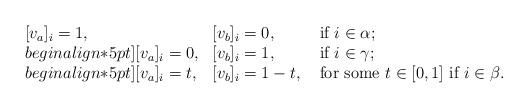
LaTeX: \begin{align*} \begin{array}{lll} [v_a]_i=1, & [v_b]_i=0, & \mbox{ if } i \in \alpha;\\begin{align*}5pt] [v_a]_i=0, & [v_b]_i=1, & \mbox{ if } i \in \gamma;\\begin{align*}5pt] [v_a]_i=t, & [v_b]_i=1-t, & \mbox{ for some } t\in [0,1] \mbox{ if } i \in \beta. \end{array} \end{align*}